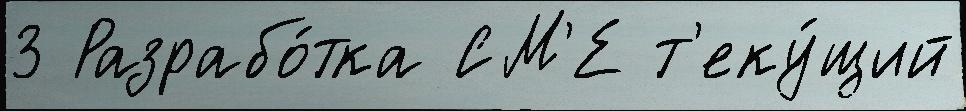
3 Разрабо́тка СМ'Е т'еку́щий